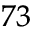
^ { 7 3 }